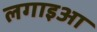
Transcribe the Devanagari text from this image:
लगाइआ